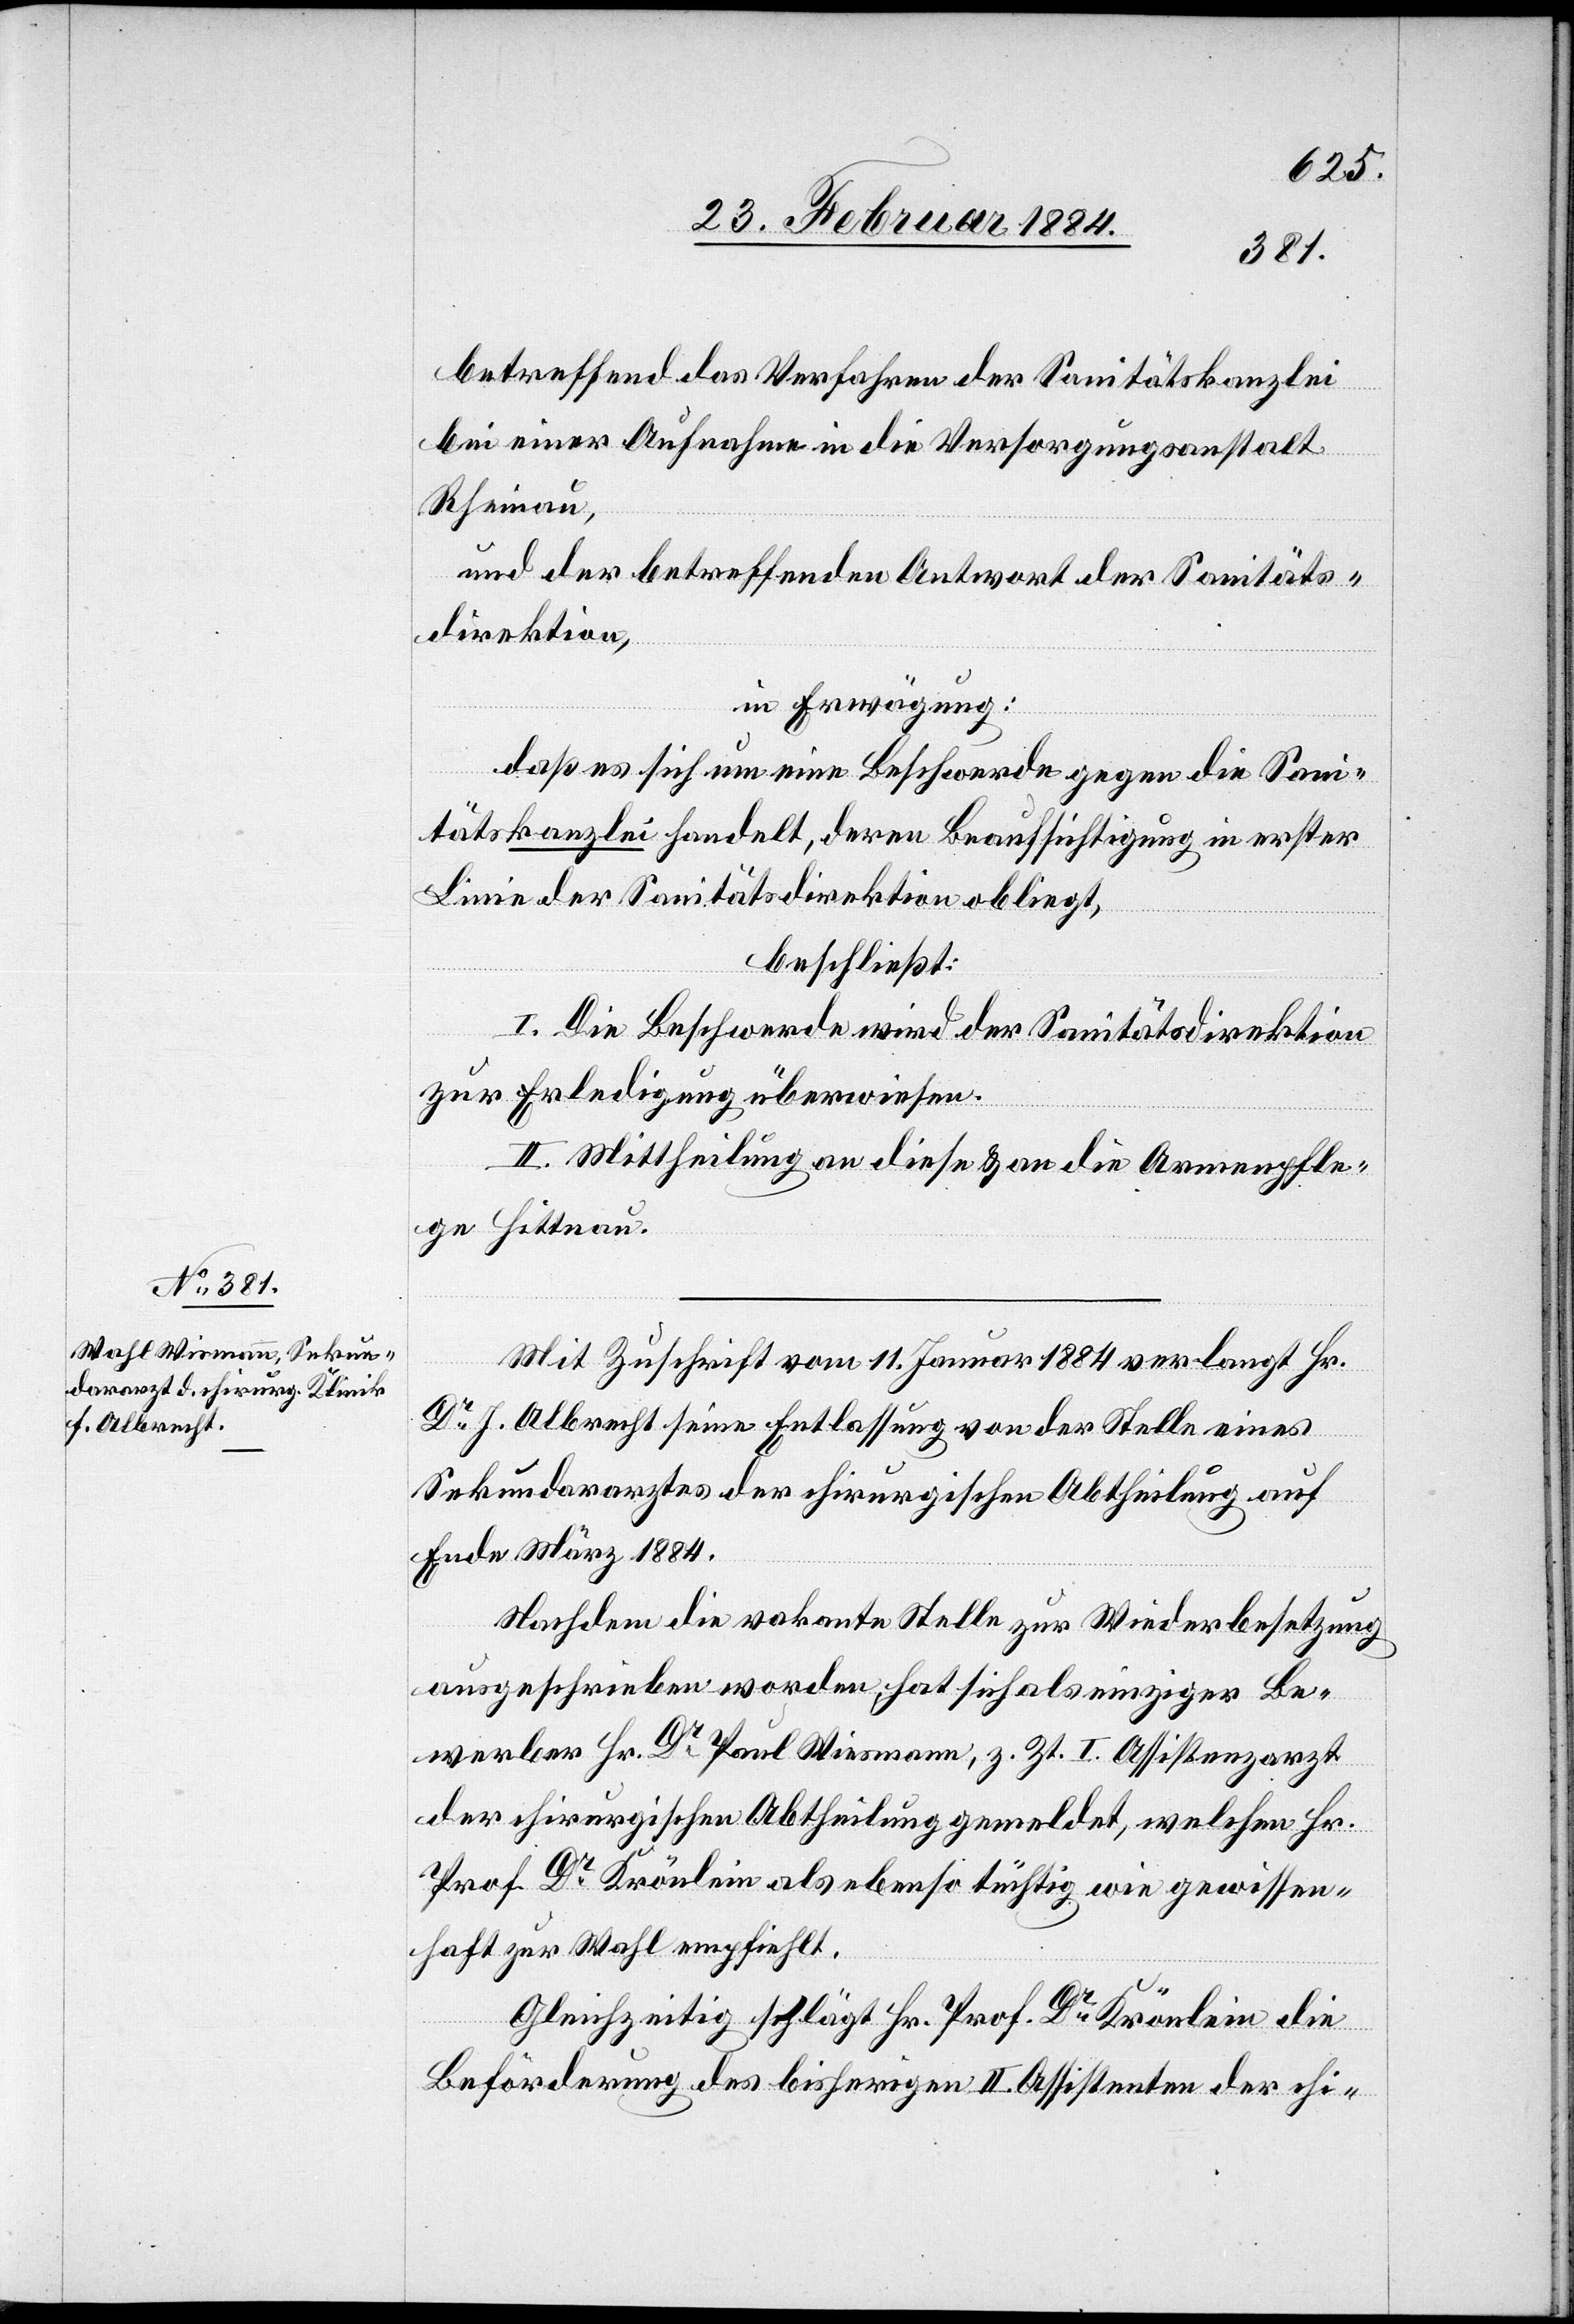
betreffend das Verfahren der Sanitätskanzlei
bei einer Aufnahme in die Versorgungsanstalt
Rheinau,
und der betreffenden Antwort der Sanitäts¬
direktion,
in Erwägung:
daß es sich um eine Beschwerde gegen die Sani¬
tätskanzlei handelt, deren Beaufsichtigung in erster
Linie der Sanitätsdirektion obliegt,
beschließt:
I. Die Beschwerde wird der Sanitätsdirektion
zur Erledigung überwiesen.
II. Mittheilung an diese & an die Armenpfle¬
ge Hittnau.
Mit Zuschrift vom 11. Januar 1884 verlangt Hr.
Dr J. Albrecht seine Entlassung von der Stelle eines
Sekundararztes der chirurgischen Abtheilung auf
Ende März 1884.
Nachdem die vakante Stelle zur Wiederbesetzung
ausgeschrieben worden hat sich als einziger Be¬
werber Hr. Dr Karl Wiesmann, z. Zt. I. Assistenzarzt
der chirurgischen Abtheilung gemeldet, welchen Hr.
Prof. Dr Krönlein als ebenso tüchtig wie gewissen¬
haft zur Wahl empfiehlt.
Gleichzeitig schlägt Hr. Prof. Dr Krönlein die
Beförderung des bisherigen II. Assistenten der chi-